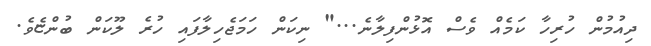
ދިއުމުން ހުރިހާ ކަމެއް ވެސް އޮޅުންފިލާނެ..." ނިކަން ހަމަޖެހިލާފައި ހުރެ ލޫކަން ބުންޏެވެ.